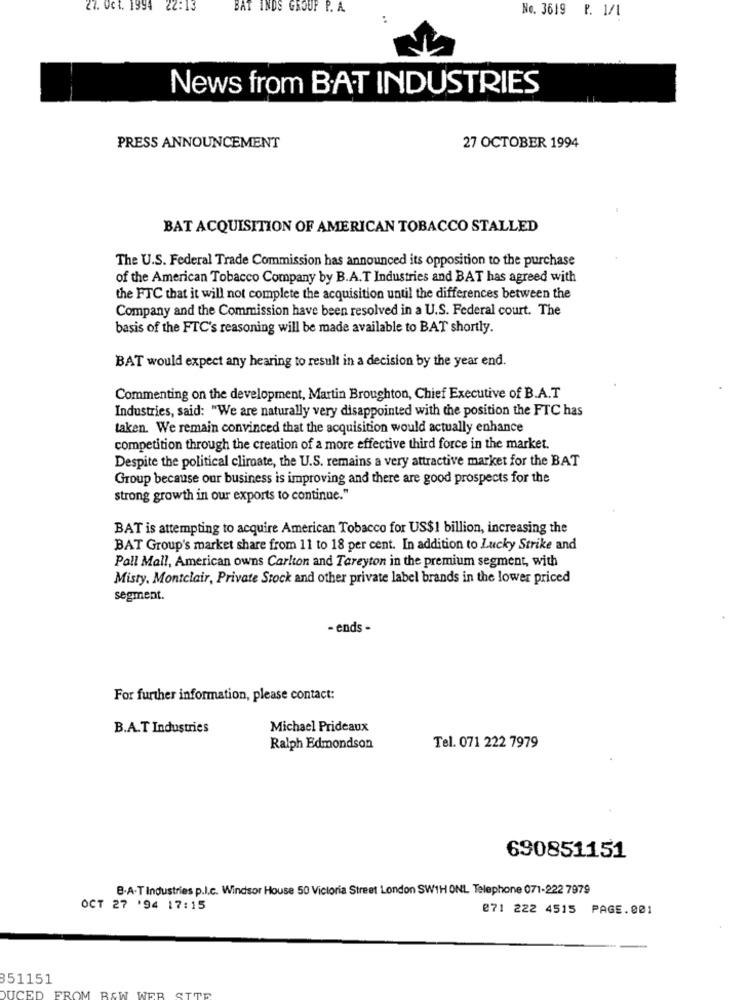
27. Oct. 1994 22:13
BAT INDS GROUP P. A.
No. 3619 P. 1/1
News from BAT INDUSTRIES
PRESS ANNOUNCEMENT
27 OCTOBER 1994
BAT ACQUISITION OF AMERICAN TOBACCO STALLED
The U.S. Federal Trade Commission has announced its opposition to the purchase
of the American Tobacco Company by B.A.T Industries and BAT has agreed with
the FTC that it will not complete the acquisition until the differences between the
Company and the Commission have been resolved in a U.S. Federal court. The
basis of the FTC's reasoning will be made available to BAT shortly.
BAT would expect any hearing to result in a decision by the year end.
Commenting on the development, Martin Broughton, Chief Executive of B.A.T
Industries, said: "We are naturally very disappointed with the position the FTC has
taken. We remain convinced that the acquisition would actually enhance
competition through the creation of a more effective third force in the market.
Despite the political climate, the U.S. remains a very attractive market for the BAT
Group because our business is improving and there are good prospects for the
strong growth in our exports to continue."
BAT is attempting to acquire American Tobacco for US$1 billion, increasing the
BAT Group's market share from 11 to 18 per cent. In addition to Lucky Strike and
Pall Mall, American owns Carlton and Tareyton in the premium segment, with
Misty. Montclair, Private Stock and other private label brands in the lower priced
segment.
- ends -
For further information, please contact:
B.A.T Industries
Michael Prideaux
Ralph Edmondson
Tel. 071 222 7979
690851151
B.A-T Industries p.I.c. Windsor House 50 Victoria Street London SW1H ONL Telephone 071-222 7979
OCT 27 '94 17:15
271 222 4515 PAGE.001
851151
FROM BEW WEB SITE
DUCED